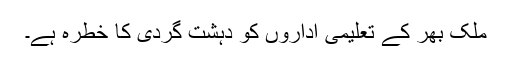
ملک بھر کے تعلیمی اداروں کو دہشت گردی کا خطرہ ہے۔